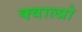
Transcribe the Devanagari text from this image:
क्वाल्प्रो